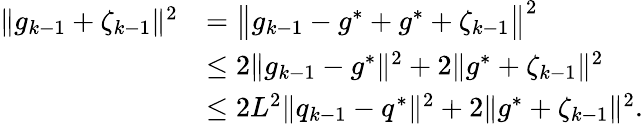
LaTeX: \begin{array}{rl}{\| g_{k-1}+\zeta_{k-1}\| ^{2}}&{=\big\| g_{k-1}-g^{*}+g^{*}+\zeta_{k-1}\big\| ^{2}}\\ &{\leq 2\| g_{k-1}-g^{*}\| ^{2}+2\| g^{*}+\zeta_{k-1}\| ^{2}}\\ &{\leq 2L^{2}\| q_{k-1}-q^{*}\| ^{2}+2\| g^{*}+\zeta_{k-1}\| ^{2}.}\end{array}